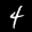
Label: 4